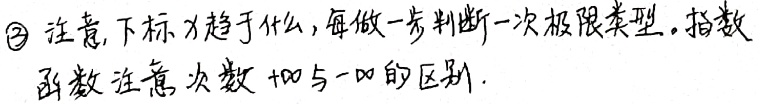
\textcircled{2}注意，下标\(x\)趋于什么，每做一步判断一次极限类型。指数函数注意次数\(+\infty\)与\(-\infty\)的区别。